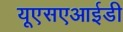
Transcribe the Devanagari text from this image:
यूएसएआईडी